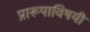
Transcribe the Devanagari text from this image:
प्रारूपाविषयी